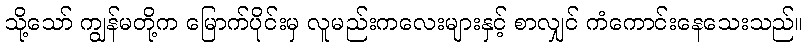
သို့သော် ကျွန်မတို့က မြောက်ပိုင်းမှ လူမည်းကလေးများနှင့် စာလျှင် ကံကောင်းနေသေးသည်။